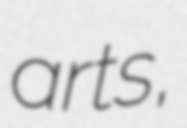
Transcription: arts,